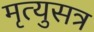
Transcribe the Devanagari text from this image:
मृत्युसत्र